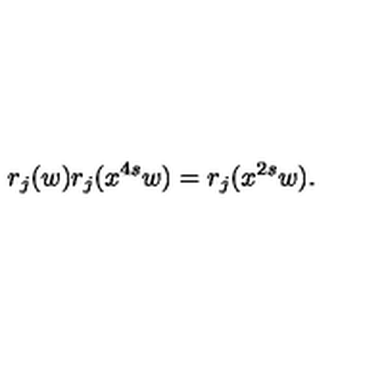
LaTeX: r _ { j } ( w ) r _ { j } ( x ^ { 4 s } w ) = r _ { j } ( x ^ { 2 s } w ) .